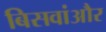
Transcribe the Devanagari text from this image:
बिसवांऔर